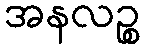
အနလဉ္စ